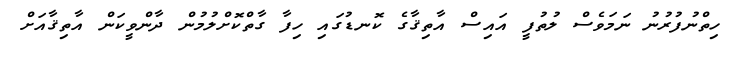
ހިތްނުފުރުނު ނަމަވެސް ލުތުފީ އައިސް އާތިޤާގެ ކޮނޑުގައި ހިފާ ގާތްކޮށްލުމުން ދާންވީކަން އާތިޤާއަށް